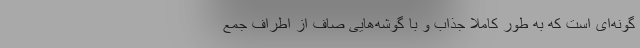
گونه‌ای است که به طور کاملا جذاب و با گوشه‌هایی صاف از اطراف جمع